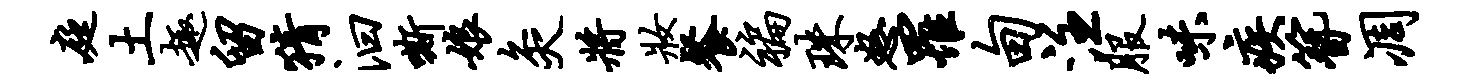
庭土趣留猜汩嘶娘灸将妆餐褊珠怒罹甸注服味疾簪凋